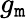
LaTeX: g_{\mathtt{m}}